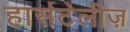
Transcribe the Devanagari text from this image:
हार्सटेलीज़